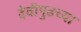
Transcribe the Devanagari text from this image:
देवीपुढच्या